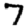
Digit: 7